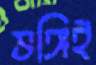
ভঙ্গিই